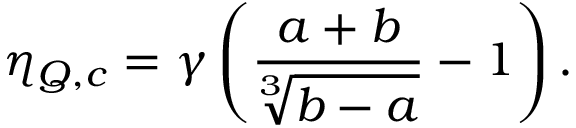
\eta _ { Q , c } = \gamma \left( \frac { a + b } { \sqrt [ 3 ] { b - a } } - 1 \right) .